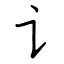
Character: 讠